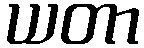
ယတာ